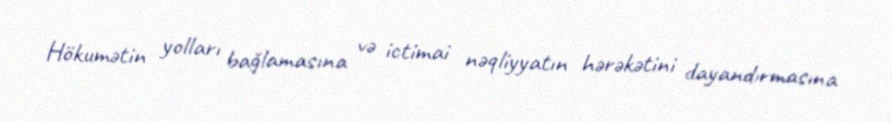
Hökumətin yolları bağlamasına və ictimai nəqliyyatın hərəkətini dayandırmasına